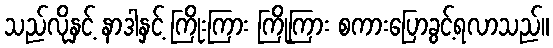
သည်လိုနှင့် နာဒါနှင့် ကြိုးကြား ကြိုကြား စကားပြောခွင့်ရလာသည်။